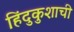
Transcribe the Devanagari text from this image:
हिंदुकुशाची